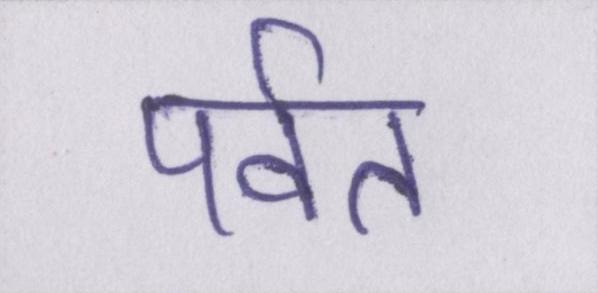
पर्वत